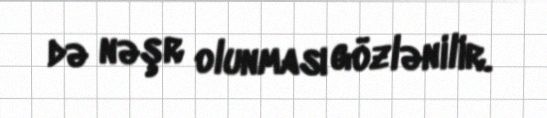
də nəşr olunması gözlənilir.